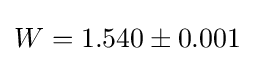
W=1.540\pm 0.001